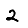
Digit: 2